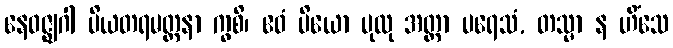
နေဝဇ္ဈဂါ ပိယတရမတ္တနာ ကွစိ၊ ဧဝံ ပိယော ပုထု အတ္တာ ပရေသံ, တသ္မာ န ဟိံသေ